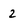
Character: 2